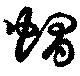
帽